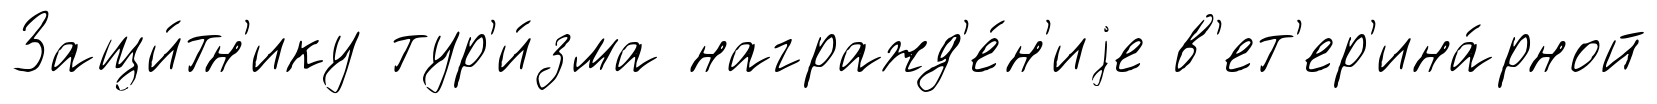
Защи́тн'ику тур'и́зма награжд'е́н'иjе в'ет'ер'ина́рной